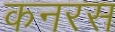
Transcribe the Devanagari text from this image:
कनरस